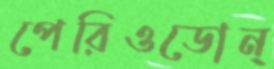
পেরিওডোন্